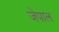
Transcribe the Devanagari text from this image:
जेपाल